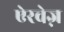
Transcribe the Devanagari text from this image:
ऐरवेज़